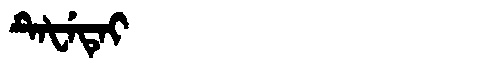
Manchu: ᡨᡝᡶᡝᡨᡝᡳ
Romanization: TEFETEI